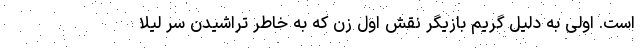
است. اولی به دلیل گریم بازیگر نقش اول زن که به خاطر تراشیدن سر لیلا